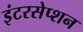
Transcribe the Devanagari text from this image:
इंटरसेप्शन